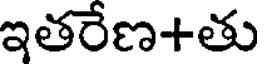
ఇతరేణ+తు